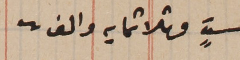
ستٍ وثلاثمايه والف.